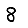
Digit: 8